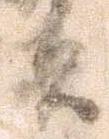
貞